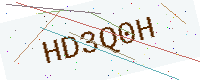
Text: HD3Q0H